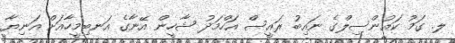
ލ. ގަމު ކައުންސިލްގެ ނައިބު ރައީސް އަހްމަދު ޝާހީން އޭނާގެ އަނބިމީހާއަށް އަނިޔާ